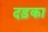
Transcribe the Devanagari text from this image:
दड़का